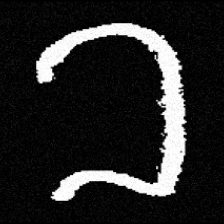
Pyu character \u2014 Myanmar letter: ခ (romanized: kha)